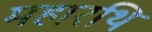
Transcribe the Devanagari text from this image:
महारथि